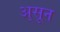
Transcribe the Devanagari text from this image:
अ्सून